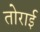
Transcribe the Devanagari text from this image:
तोराई